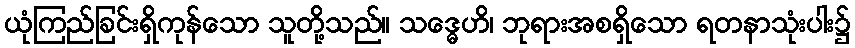
ယုံကြည်ခြင်းရှိကုန်သော သူတို့သည်။ သဒ္ဓေဟိ၊ ဘုရားအစရှိသော ရတနာသုံးပါး၌